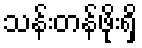
သန်းတန်ဖိုးရှိ